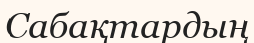
Сабақтардың